system: You are a helpful assistant.
user:
Analyze the provided spectrum to determine if it is a **S-type Star**.

- **Key Indicators for S-type Star:**

    - **(Overall Spectrum Shape):** The first and most obvious characteristic is the overall continuum (the "baseline" shape). It is **extremely "red-sloping,"** meaning the flux (light intensity) is very low on the left side (blue, ~4000-4500 Å) and rises steeply and continuously toward the right side (red, ~7000 Å+).

    - **(Primary):** The spectrum is defined by the presence of strong, broad molecular absorption "valleys" (bands) from **Zirconium Oxide (ZrO)**. The identification of these bands is the **primary requirement** for classifying a star as S-type.
        - **(Key Bandheads):** You must find distinct, deep "dips" where the light has been absorbed. The most critical band systems to locate are:
            - **~6474 Å** ($\gamma$-system): This is often the strongest and clearest ZrO feature, found in the red part of the spectrum.
            - **~5718 Å** & **~5551 Å** ($\beta$-system): A pair of prominent absorption features in the yellow-orange part of the spectrum.
            - **~4640 Å** ($\alpha$-system): A key absorption band system in the blue-green region of the spectrum.

    - **(Secondary Confirmation):** The classification is strengthened by finding additional absorption bands from other related heavy element oxides, which are expected to be present alongside ZrO.
        - **(Key Bandheads):**
            - **Yttrium Oxide (YO):** Look for absorption dips near **~4800 Å** and **~6100 Å**.
            - **Lanthanum Oxide (LaO):** Additional absorption features, particularly in the red-orange part of the spectrum, are also characteristic.

    - **(Line Profile):** The combination of the steep red continuum and these numerous, deep molecular bands (ZrO, YO, etc.) gives the entire spectrum a very **"chopped-up"** or **"bumpy"** appearance. Instead of a smooth curve, the spectrum looks as though large, wide chunks of light have been "carved out" of it at the specific wavelengths listed above.

Think first, call **spectral_visualization_tool** if needed to examine features in detail, then provide your final answer. Your response must adhere to the following strict rules:
1.  **Overall Structure:** Your response must follow the format `<think>...</think> <tool_call>...</tool_call> (if a tool is used) <answer>...</answer>`.
2.  **Tool Usage Constraint:** You may only make **one** tool call per turn.
3.  **Final Answer Format:** In the `<answer>` tag, your conclusion must be inside a `\boxed{}` command (e.g., `\boxed{YES}` or `\boxed{NO}`), followed by your justification.

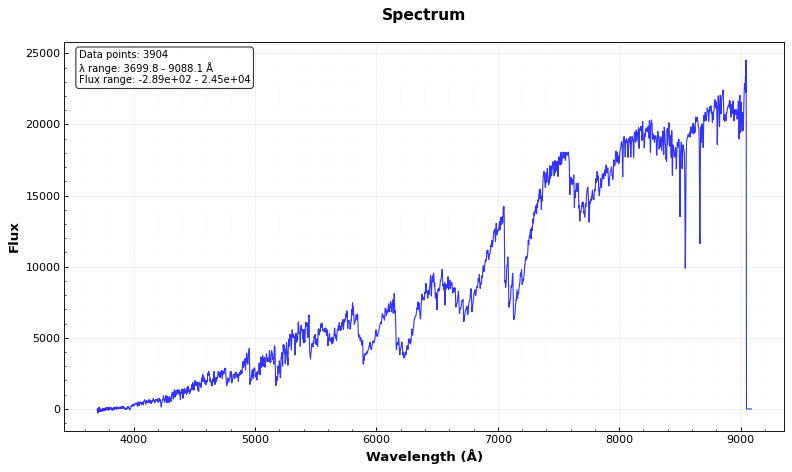
Answer: YES